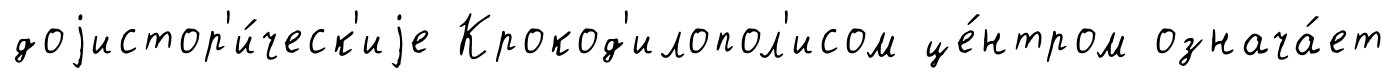
доjистор'и́ческ'иjе Крокод'илопол'исом це́нтром означа́ет